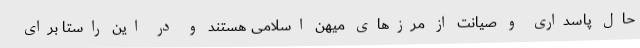
حال پاسداری و صیانت از مرزهای میهن اسلامی هستند و در این راستا برای